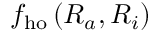
f _ { \mathrm { h o } } \left( R _ { a } , R _ { i } \right)